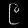
Digit: ၉